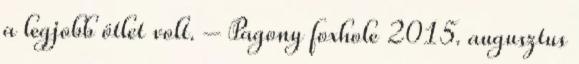
a legjobb ötlet volt. – Pagony foxhole 2015. augusztus